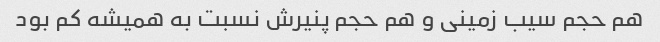
هم حجم سیب زمینی و هم حجم پنیرش نسبت به همیشه کم بود